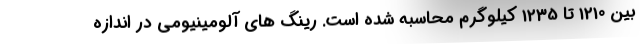
بین 1210 تا 1235 کیلوگرم محاسبه شده است. رینگ های آلومینیومی در اندازه